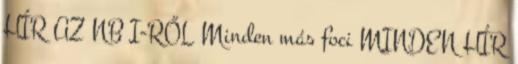
HÍR AZ NB I-RŐL Minden más foci MINDEN HÍR